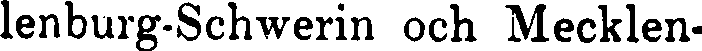
lenburg-Schwerin och Mecklen-